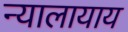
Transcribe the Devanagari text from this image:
न्यालायाय